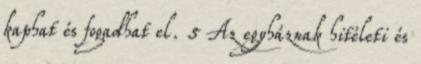
kaphat és fogadhat el. 5 Az egyháznak hitéleti és